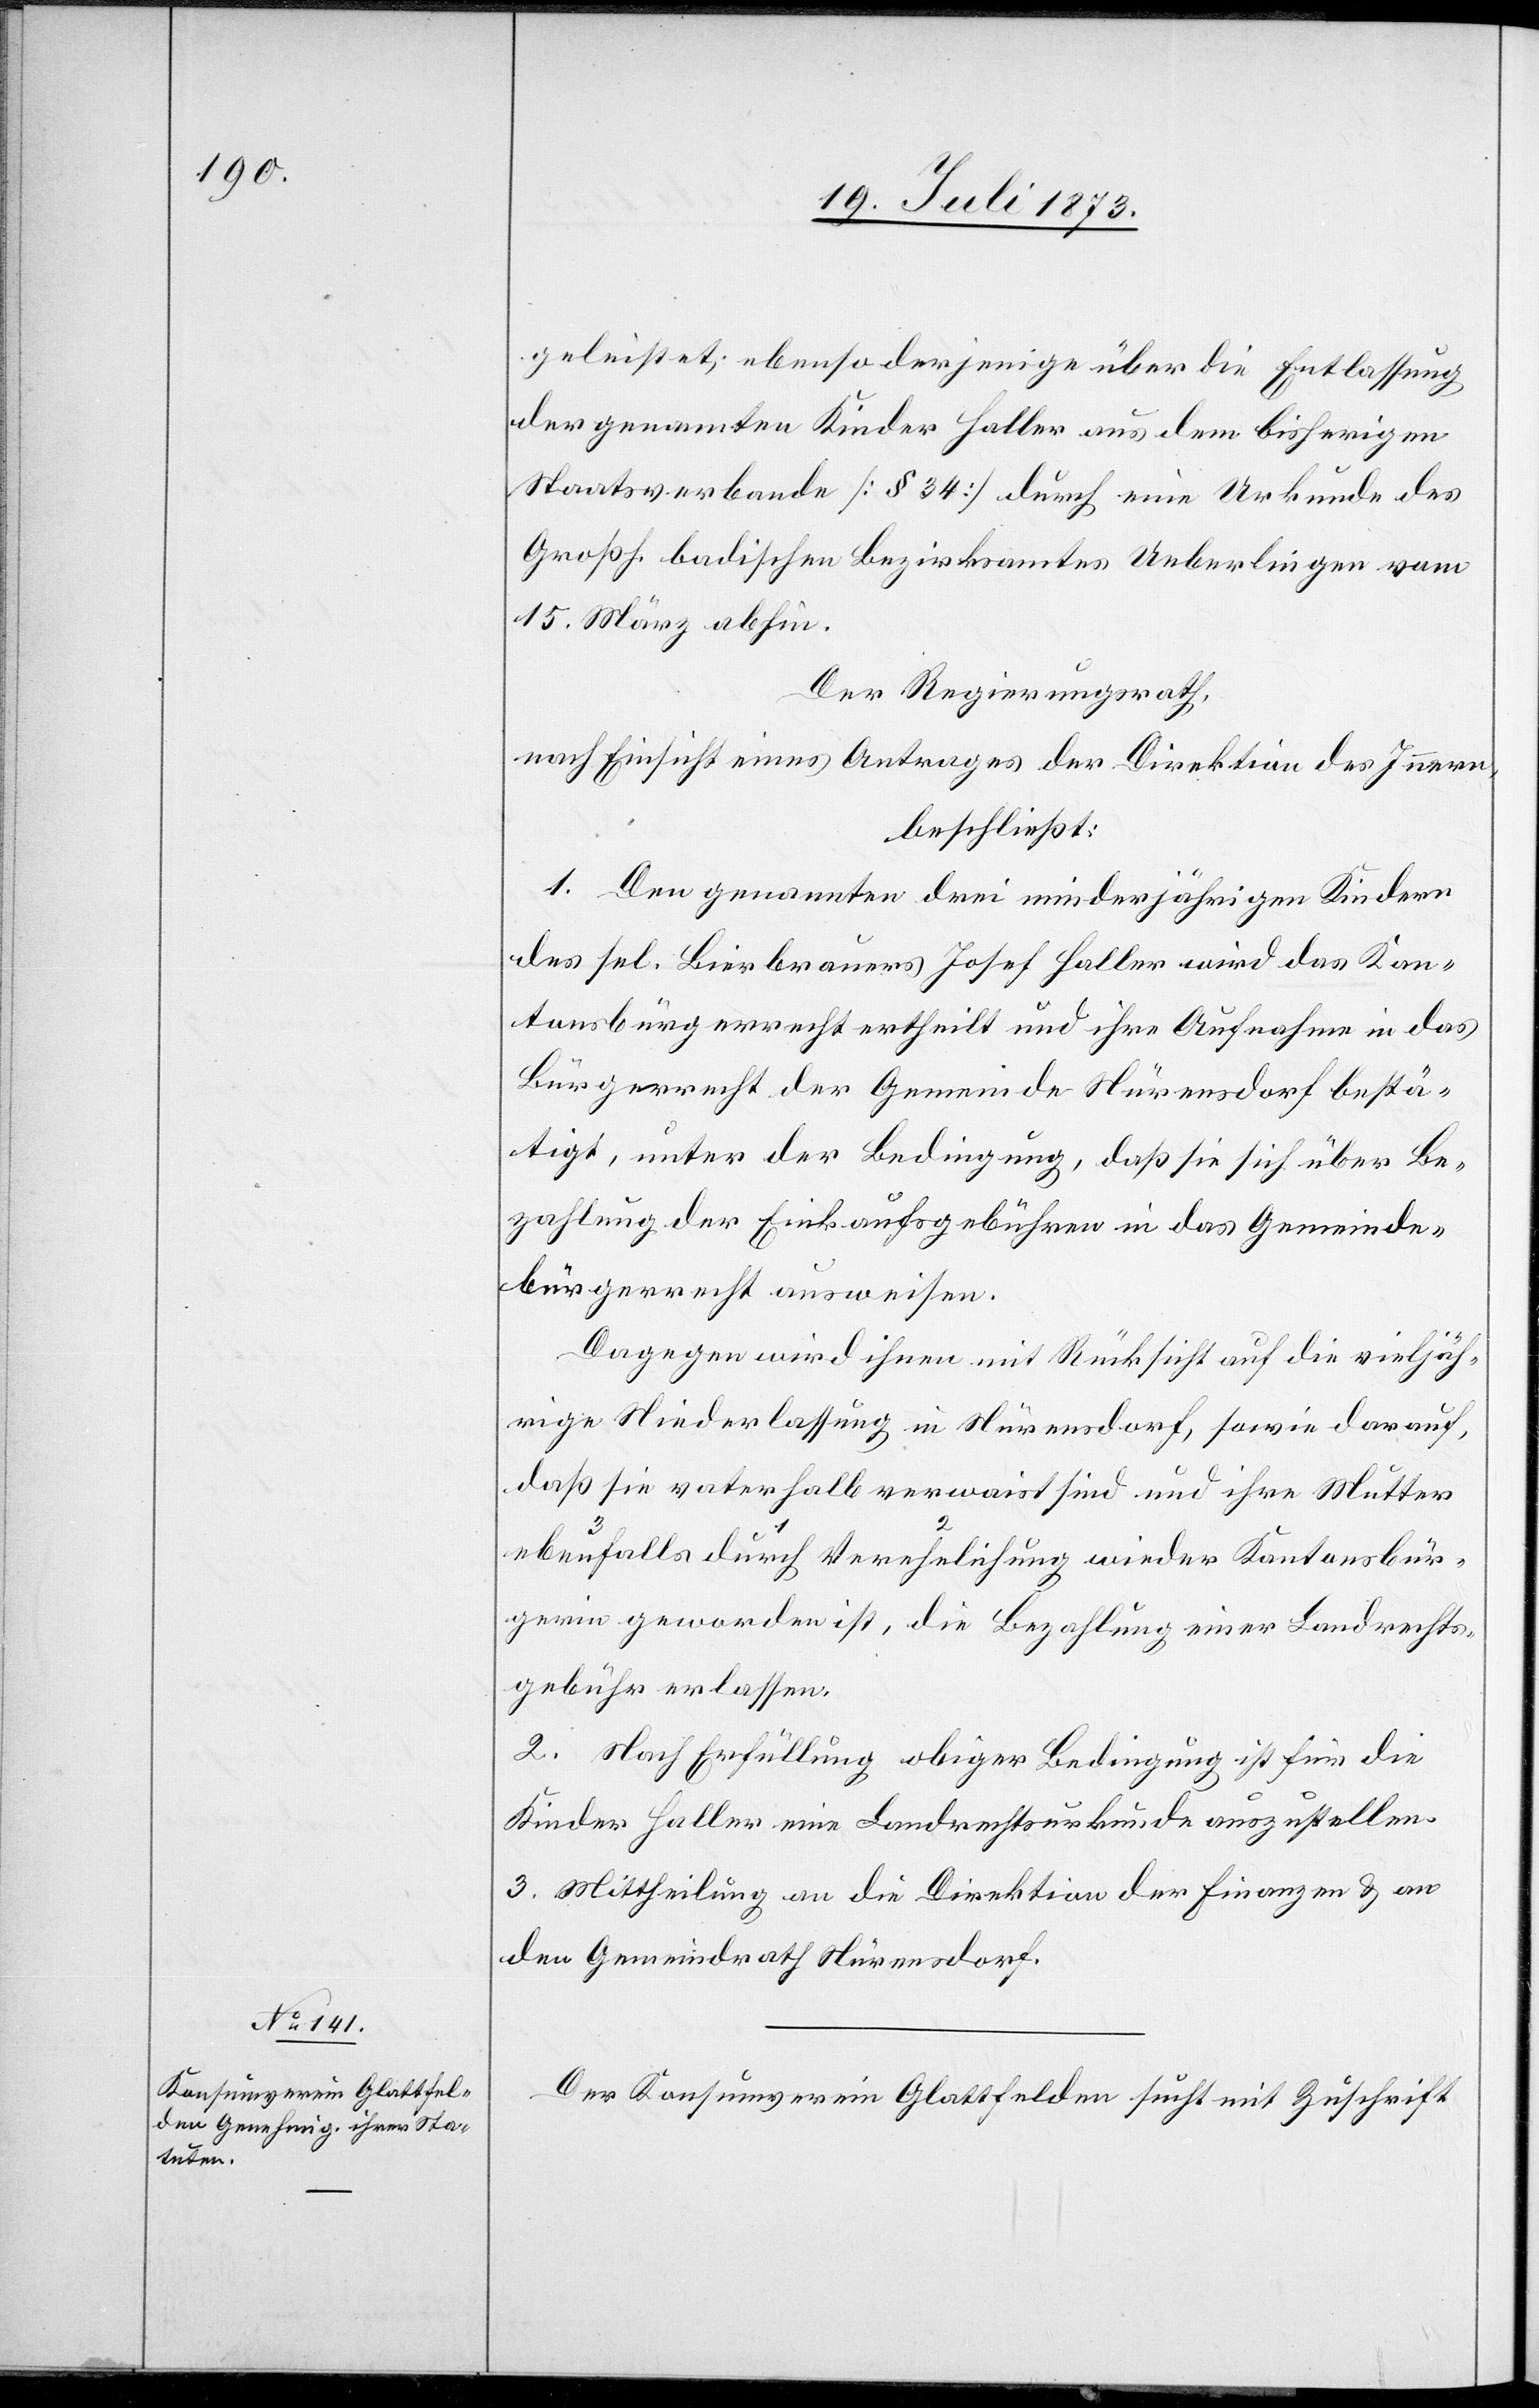
sbür¬

geleistet; ebenso derjenige über die Entlassung
der genannten Kinder Haller aus dem bisherigen
Staatsverbande [§ 34] durch eine Urkunde des
Großh. badischen Bezirksamtes Ueberlingen vom
15. März abhin.
Der Regierungsrath,
nach Einsicht eines Antrages der Direktion des Innern,
beschließt:
1. Den genannten drei minderjährigen Kindern
des sel. Bierbrauers Josef Haller wird das Kan¬
tonsbürgerrecht ertheilt und ihre Aufnahme in das
Bürgerrecht der Gemeinde Nürensdorf bestä¬
tigt, unter der Bedingung, daß sie sich über Be¬
zahlung der Einkaufsgebühren in das Gemeinde¬
bürgerrecht ausweisen.
Dagegen wird ihnen mit Rücksicht auf die vieljäh¬
rige Niederlassung in Nürensdorf, sowie darauf,
daß sie vaterhalb verwaist sind und ihre Mutter
gerin geworden ist, die Bezahlung einer Landrechts¬
gebühr erlassen.
2. Nach Erfüllung obiger Bedingung ist für die
Kinder Haller eine Landrechtsurkunde auszustellen.
3. Mittheilung an die Direktion der Finanzen & an
den Gemeindrath Nürensdorf.
Der Konsumverein Glattfelden sucht mit Zuschrift